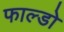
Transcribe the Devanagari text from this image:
फाल्डो